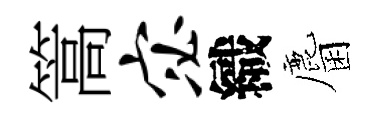
篙宓織麕